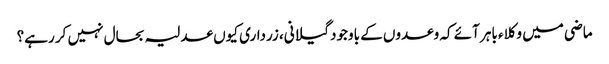
ماضی میں وکلاء باہر آئے کہ وعدوں کے باوجود گیلانی، زرداری کیوں عدلیہ بحال نہیں کر رہے؟